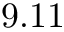
9 . 1 1